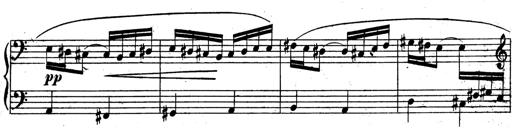
Title: 3 Sonatinas for Piano
Composer: Vissarion Shebalin